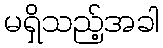
မရှိသည့်အခါ